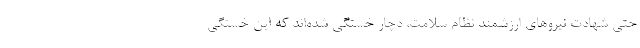
حتی شهادت نیروهای ارزشمند نظام سلامت، دچار خستگی شده‌اند که این خستگی